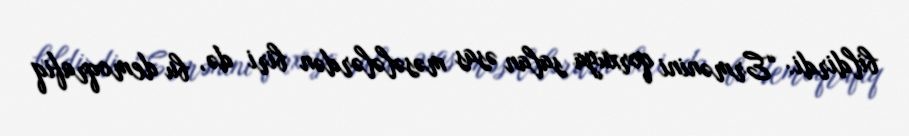
bildirdi: “Ermənini qorxuya salan əsas məsələlərdən biri də, bu demoqrafiq